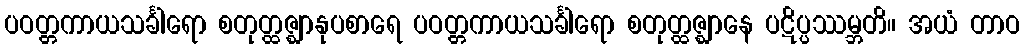
ပဝတ္တကာယသင်္ခါရော စတုတ္ထဇ္ဈာနုပစာရေ ပဝတ္တကာယသင်္ခါရော စတုတ္ထဇ္ဈာနေ ပဋိပ္ပဿမ္ဘတိ။ အယံ တာဝ